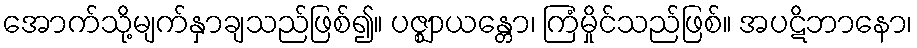
အောက်သို့မျက်နှာချသည်ဖြစ်၍။ ပဇ္ဈာယန္တော၊ ကြံမှိုင်သည်ဖြစ်။ အပဋိဘာနော၊